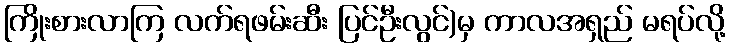
ကြိုးစားလာကြ လက်ရဖမ်းဆီး ပြင်ဦးလွင်)မှ ကာလအရှည် မရပ်လို့